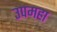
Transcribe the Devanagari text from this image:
उपमहा